Problem: 43 + 18 = ?
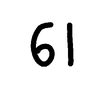
Handwritten answer: 61